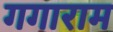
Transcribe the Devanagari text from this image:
गगाराम